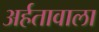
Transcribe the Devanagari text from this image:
अर्हतावाला